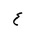
Letter: _ayn